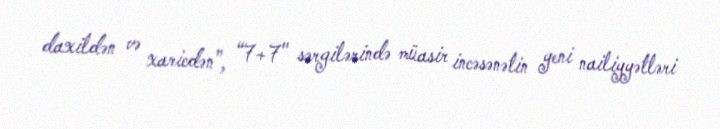
daxildən və xaricdən”, “7+7" sərgilərində müasir incəsənətin yeni nailiyyətləri